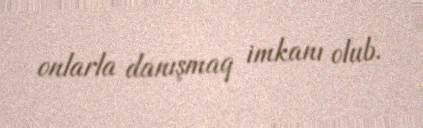
onlarla danışmaq imkanı olub.